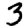
Digit: 3